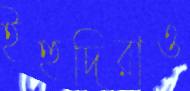
ইহুদিরাও